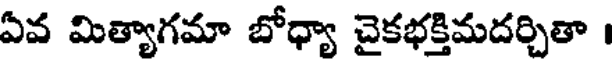
ఏవ మిత్యాగమా బోధ్యా చైకభక్తిమదర్చితా ।